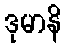
ဒုမာနိ